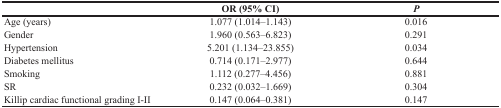
<table><thead><tr><td></td><td><b>OR (95% CI)</b></td><td><b><i>P</i></b></td></tr></thead><tbody><tr><td>Age (years)</td><td>1.077 (1.014–1.143)</td><td>0.016</td></tr><tr><td>Gender</td><td>1.960 (0.563–6.823)</td><td>0.291</td></tr><tr><td>Hypertension</td><td>5.201 (1.134–23.855)</td><td>0.034</td></tr><tr><td>Diabetes mellitus</td><td>0.714 (0.171–2.977)</td><td>0.644</td></tr><tr><td>Smoking</td><td>1.112 (0.277–4.456)</td><td>0.881</td></tr><tr><td>SR</td><td>0.232 (0.032–1.669)</td><td>0.304</td></tr><tr><td>Killip cardiac functional grading I-II</td><td>0.147 (0.064–0.381)</td><td>0.147</td></tr></tbody></table>